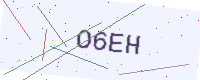
Text: O6EH